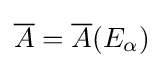
{\overline {A}}={\overline {A}}(E_{\alpha })